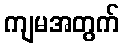
ကျမအတွက်